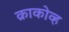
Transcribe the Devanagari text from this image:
क्राकोव्ह